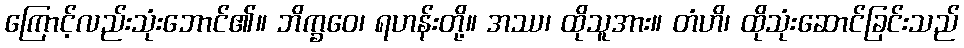
ကြောင့်လည်းသုံးဘောင်၏။ ဘိက္ခဝေ၊ ရဟန်းတို့။ အဿ၊ ထိုသူအား။ တံဟိ၊ ထိုသုံးဆောင်ခြင်းသည်